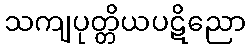
သကျပုတ္တိယပဋိညော